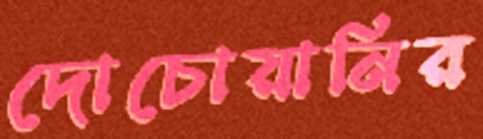
দোচোয়ানির